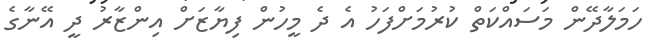
ހަމަލާދޭން މަސައްކަތް ކުރުމަށްފަހު އެ ދެ މީހުން ފިޔާޒަށް އިންޒާރު ދީ އޭނާގެ